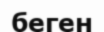
беген